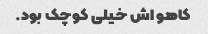
کاهو اش خیلی کوچک بود.